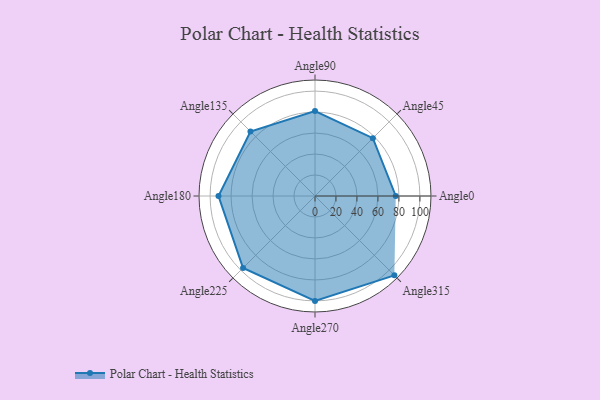
{"axis": {"x": "Angle", "y": "Radius"}, "legend": [""], "data": [{"x": "Angle0", "y": 77.0, "type": ""}, {"x": "Angle45", "y": 78.0, "type": ""}, {"x": "Angle90", "y": 81.0, "type": ""}, {"x": "Angle135", "y": 87.0, "type": ""}, {"x": "Angle180", "y": 92.0, "type": ""}, {"x": "Angle225", "y": 97.0, "type": ""}, {"x": "Angle270", "y": 100.0, "type": ""}, {"x": "Angle315", "y": 107.0, "type": ""}]}